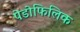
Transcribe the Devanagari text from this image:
पेडोफिलिक